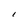
Character: l